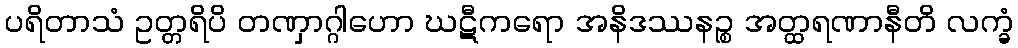
ပရိတာသံ ဥတ္တရိပိ တဏှာဂ္ဂါဟော ဃဋီကရော အနိဒဿနဉ္စ အတ္ထရဏာနီတိ လက္ခံ